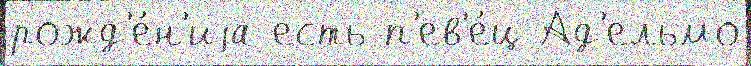
рожд'е́н'иjа есть п'ев'е́ц Ад'ельмо